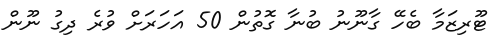
ޓޫރިޒަމާ ބެހޭ ގާނޫނު ބުނާ ގޮތުން 50 އަހަރަށް ވުރެ ދިގު ނޫން